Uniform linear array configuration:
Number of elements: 32
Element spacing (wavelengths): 0.5
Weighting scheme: binomial
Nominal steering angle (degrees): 60
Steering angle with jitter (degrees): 59.344
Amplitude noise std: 0.05
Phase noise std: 0.05

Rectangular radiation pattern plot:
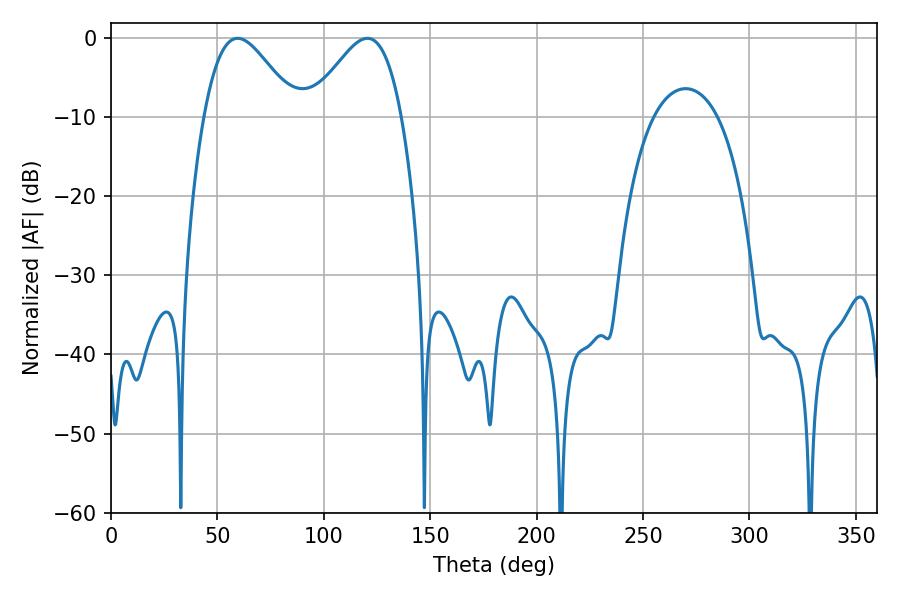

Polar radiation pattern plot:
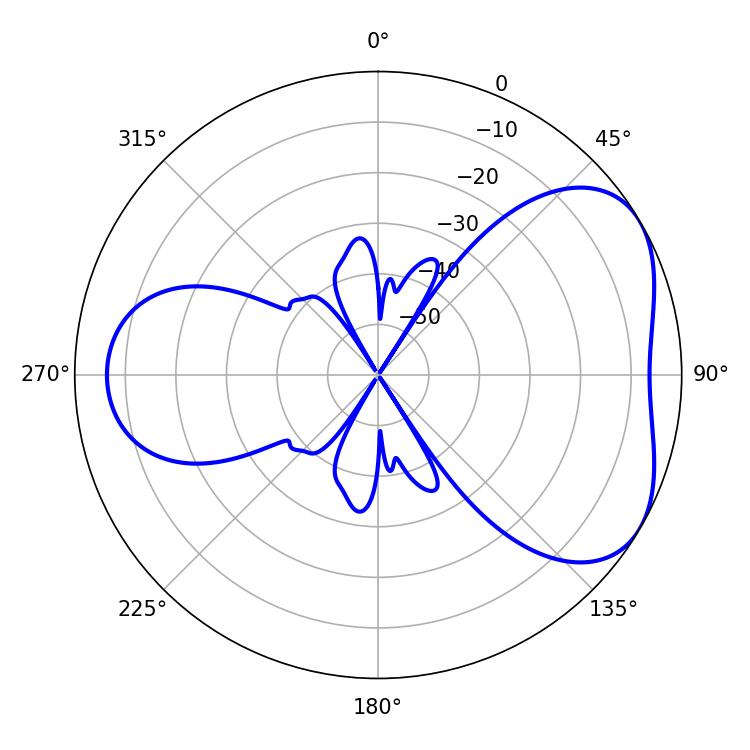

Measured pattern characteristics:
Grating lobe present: FALSE
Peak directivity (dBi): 4.671
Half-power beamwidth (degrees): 22.86
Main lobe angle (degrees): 59.58